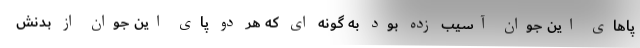
پاهای این جوان آسیب زده بود به گونه ای که هر دو پای این جوان از بدنش